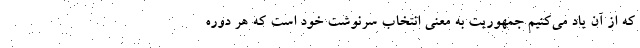
که از آن یاد می‌کنیم جمهوریت به معنی انتخاب سرنوشت خود است که هر دوره